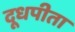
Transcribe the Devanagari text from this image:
दूधपीता